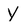
Character: Y